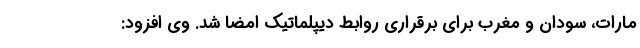
مارات، سودان و مغرب برای برقراری روابط دیپلماتیک امضا شد. وی افزود: